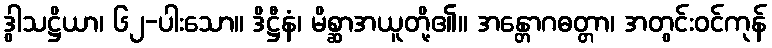
ဒွါသဋ္ဌိယာ၊ ၆၂-ပါးသော။ ဒိဋ္ဌီနံ၊ မိစ္ဆာအယူတို့၏။ အန္တောဂဓတ္တာ၊ အတွင်းဝင်ကုန်